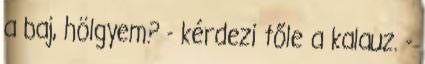
a baj, hölgyem? - kérdezi tőle a kalauz. -